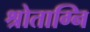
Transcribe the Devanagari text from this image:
श्रोताग्नि